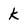
Character: k